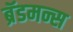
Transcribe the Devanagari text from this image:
ब्रॅडमन्स